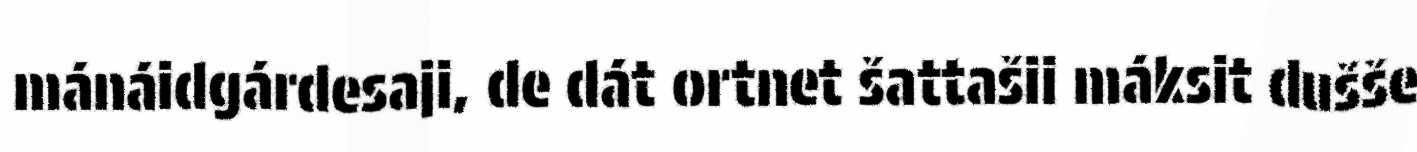
mánáidgárdesaji, de dát ortnet šattašii máksit dušše